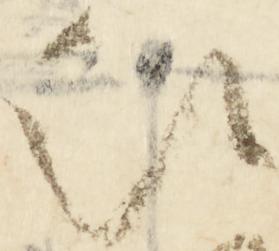
被